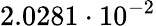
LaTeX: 2.0281\cdot 10^{-2}